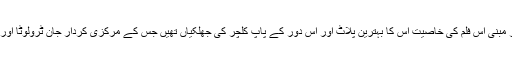
مزاح اور تشدد کے امتزاج پر مبنی اس فلم کی خاصیت اس کا بہترین پلاٹ اور اس دور کے پاپ کلچر کی جھلکیاں تھیں جس کے مرکزی کردار جان ٹرولوٹا اور سیموئل جیکسن نے ادا کیے۔